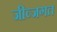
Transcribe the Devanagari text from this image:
जीव्जगत